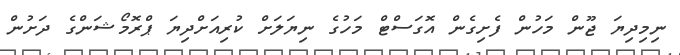
ނިމިދިޔަ ޖޫން މަހުން ފެށިގެން އޮގަސްޓް މަހުގެ ނިޔަލަށް ކުރިއަށްދިޔަ ޕްރޮމޯޝަންގެ ދަށުން